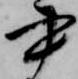
書